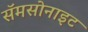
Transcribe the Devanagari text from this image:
सॅमसोनाइट